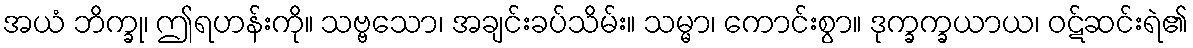
အယံ ဘိက္ခု၊ ဤရဟန်းကို။ သဗ္ဗသော၊ အချင်းခပ်သိမ်း။ သမ္မာ၊ ကောင်းစွာ။ ဒုက္ခက္ခယာယ၊ ဝဋ်ဆင်းရဲ၏